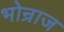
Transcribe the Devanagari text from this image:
भोन्राज